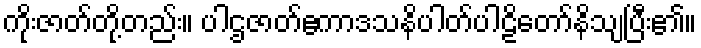
ကိုးဇာတ်တို့တည်း။ ပါဌဇာတ်ဧကာဒသနိပါတ်ပါဠိတော်နိသျပြီး၏။